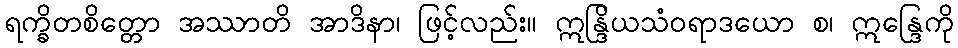
ရက္ခိတစိတ္တော အဿာတိ အာဒိနာ၊ ဖြင့်လည်း။ ဣန္ဒြိယသံဝရာဒယော စ၊ ဣန္ဒြေကို